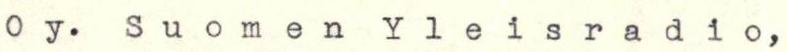
Oy. Suomen Yleisradio,